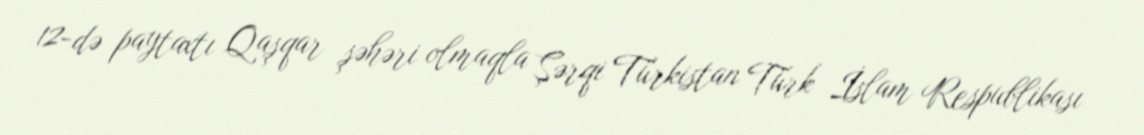
12-də paytaxtı Qaşqar şəhəri olmaqla Şərqi Türkistan Türk İslam Respublikası